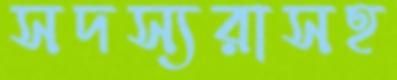
সদস্যরাসহ